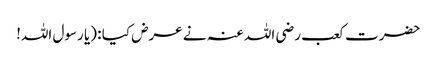
حضرت کعب رضی اللہ عنہ نے عرض کیا : (یا رسول اللہ!